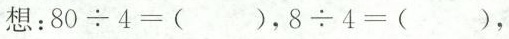
想：$$8 0 \div 4 = ()$$，$$8 \div 4 = ()$$,